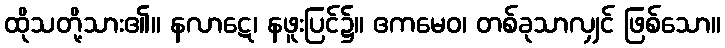
ထိုသတို့သား၏။ နလာဋေ၊ နဖူးပြင်၌။ ဧကမေဝ၊ တစ်ခုသာလျှင် ဖြစ်သော။